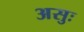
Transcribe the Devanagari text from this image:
असुः